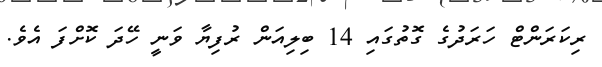
ރިކަރަންޓް ހަރަދުގެ ގޮތުގައި 14 ބިލިއަން ރުފިޔާ ވަނީ ހޭދަ ކޮށްފަ އެވެ.